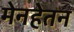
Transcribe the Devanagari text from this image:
मेनहेतन